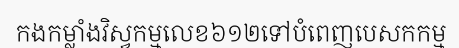
កងកម្លាំងវិស្វកម្មលេខ៦១២ទៅបំពេញបេសកកម្ម